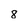
Character: 8